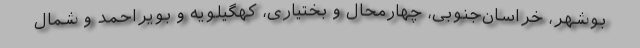
بوشهر، خراسان‌جنوبی، چهارمحال و بختیاری، کهگیلویه و بویراحمد و شمال